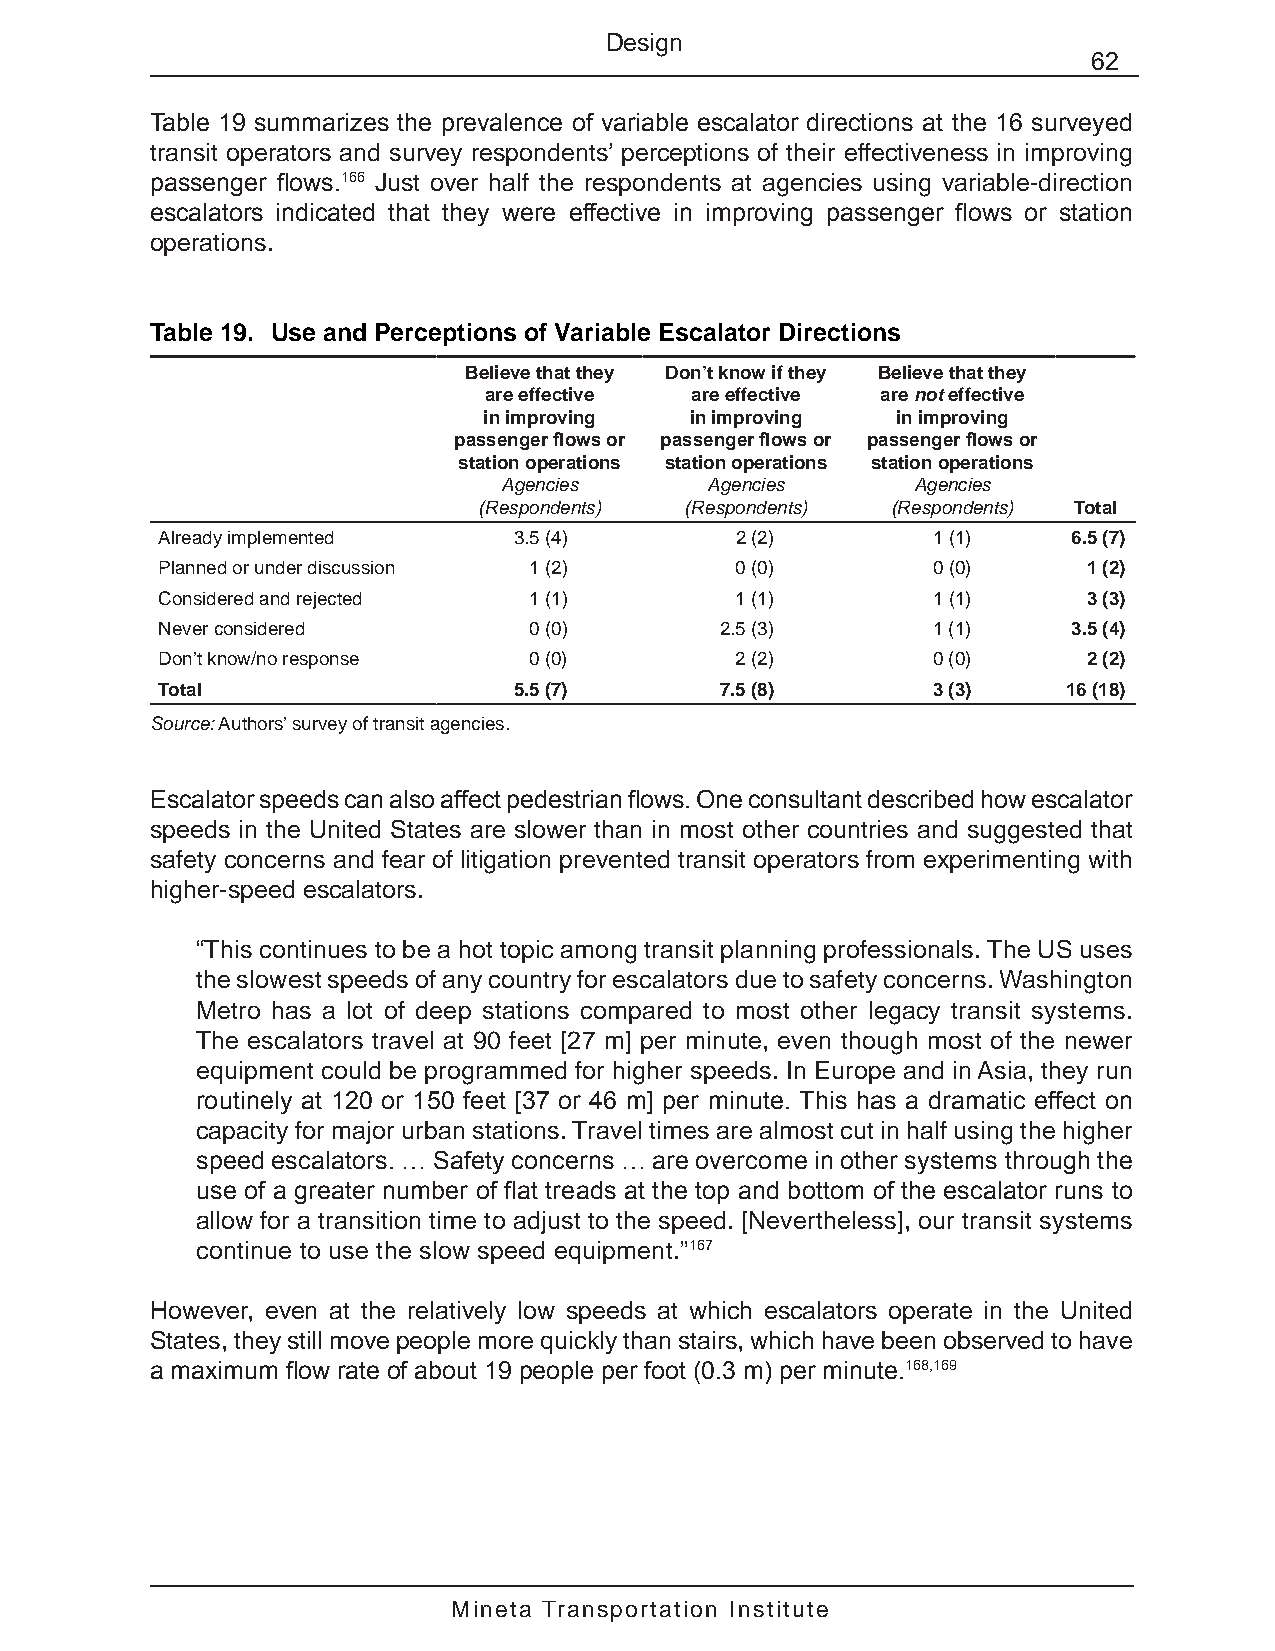
Design
 62
 Table 19 summarizes the prevalence of variable escalator directions at the 16 surveyed
 transit operators and survey respondents’ perceptions of their effectiveness in improving
 passenger flows.166 Just over half the respondents at agencies using variable-direction
 escalators indicated that they were effective in improving passenger flows or station
 operations.
 Table 19. Use and Perceptions of Variable Escalator Directions
 Believe that they Don’t know if they Believe that they
 are effective are effective are not effective
 in improving  in improving in improving
 passenger flows or passenger flows or passenger flows or
 station operations station operations station operations
 Agencies      Agencies     Agencies
 (Respondents) (Respondents) (Respondents) Total
 Already implemented     3.5 (4)        2 (2)        1 (1)    6.5 (7)
 Planned or under discussion 1 (2)      0 (0)        0 (0)     1 (2)
 Considered and rejected  1 (1)         1 (1)        1 (1)     3 (3)
 Never considered         0 (0)        2.5 (3)       1 (1)    3.5 (4)
 Don’t know/no response   0 (0)         2 (2)        0 (0)     2 (2)
 Total                   5.5 (7)       7.5 (8)       3 (3)    16 (18)
 Source: Authors’ survey of transit agencies.
 Escalator speeds can also affect pedestrian flows. One consultant described how escalator
 speeds in the United States are slower than in most other countries and suggested that
 safety concerns and fear of litigation prevented transit operators from experimenting with
 higher-speed escalators.
 “This continues to be a hot topic among transit planning professionals. The US uses
 the slowest speeds of any country for escalators due to safety concerns. Washington
 Metro has a lot of deep stations compared to most other legacy transit systems.
 The escalators travel at 90 feet [27 m] per minute, even though most of the newer
 equipment could be programmed for higher speeds. In Europe and in Asia, they run
 routinely at 120 or 150 feet [37 or 46 m] per minute. This has a dramatic effect on
 capacity for major urban stations. Travel times are almost cut in half using the higher
 speed escalators. … Safety concerns … are overcome in other systems through the
 use of a greater number of flat treads at the top and bottom of the escalator runs to
 allow for a transition time to adjust to the speed. [Nevertheless], our transit systems
 continue to use the slow speed equipment.”167
 However, even at the relatively low speeds at which escalators operate in the United
 States, they still move people more quickly than stairs, which have been observed to have
 a maximum flow rate of about 19 people per foot (0.3 m) per minute.168,169
 Mineta Transportation Institute